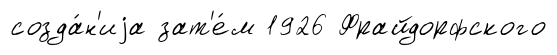
созда́н'иjа зат'е́м 1926 Фрайдорфского